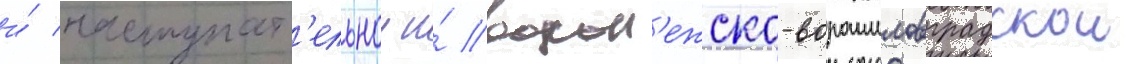
и́ наступат'ельнои и́ ворон'ежско-ворошиловградскои